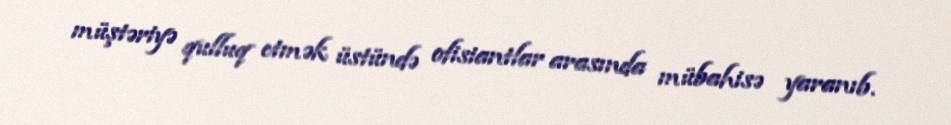
müştəriyə qulluq etmək üstündə ofisiantlar arasında mübahisə yaranıb.